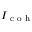
I _ { \textrm { c o h } }